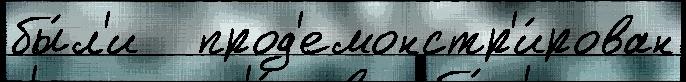
бы́л'и   прод'емонстр'и́рован